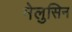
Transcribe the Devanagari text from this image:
मेलुसिन